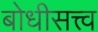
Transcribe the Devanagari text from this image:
बोधीसत्त्व